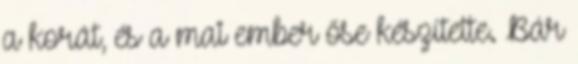
a korát, és a mai ember őse készítette. Bár